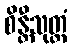
စိန္တီသုတ္တံ